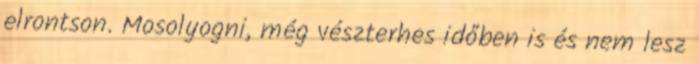
elrontson. Mosolyogni, még vészterhes időben is és nem lesz